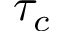
\tau _ { c }